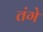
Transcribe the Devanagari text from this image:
तंगे